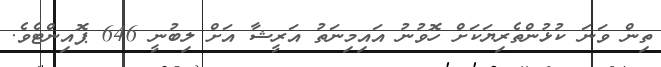
ތިން ވަނަ ކުޅުންތެރިޔަކަށް ހޮވުނު އައިމިނަތު އަރީޝާ އަށް ލިބުނީ 646 ޕޮއިންޓެވެ.